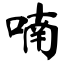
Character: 喃